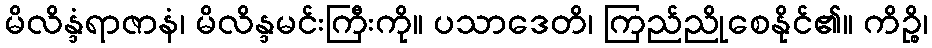
မိလိန္ဒံရာဇာနံ၊ မိလိန္ဒမင်းကြီးကို။ ပသာဒေတိ၊ ကြည်ညိုစေနိုင်၏။ ကိဉ္စိ၊